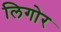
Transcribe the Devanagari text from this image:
लिगोर